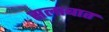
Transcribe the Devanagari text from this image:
सलाबात